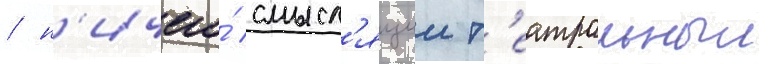
/ н'ичего́ смысл'ящии т'еатральныи